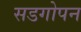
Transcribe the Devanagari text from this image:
सडगोपन